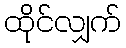
ထိုင်လျှက်